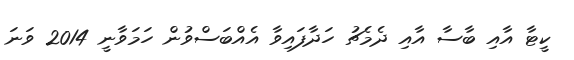
ކީޓާ އާއި ބާސާ އާއި ދެމެޗު ހަދާފައިވާ އެއްބަސްވުން ހަމަވާނީ 2014 ވަނަ